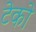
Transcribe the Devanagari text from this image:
टेको